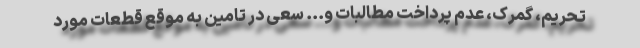
تحریم، گمرک، عدم پرداخت مطالبات و... سعی در تامین به موقع قطعات مورد